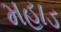
મહાડ